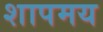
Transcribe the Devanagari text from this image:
शापमय